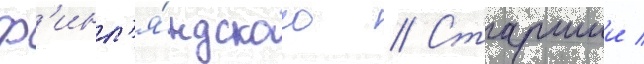
ф'инл'я́ндского // Старшии /